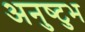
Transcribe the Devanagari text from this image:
अनुष्‍टुभ